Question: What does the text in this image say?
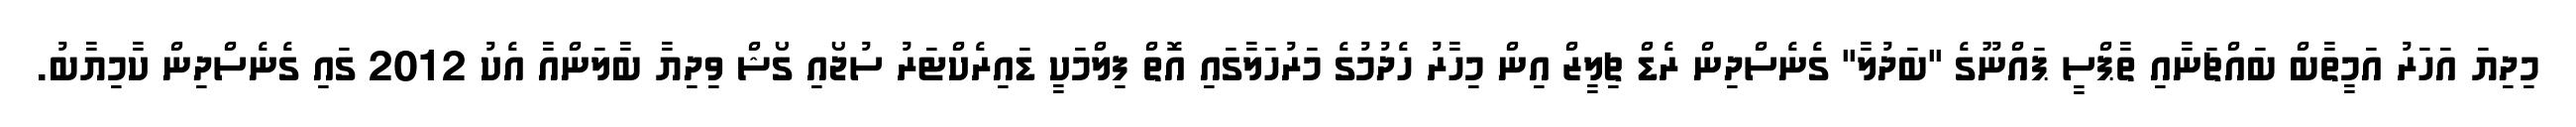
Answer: މިދިޔަ އަހަރު އަމީތާބް ބައްޗަނާއި ތާޕްސީ ޕައްނޫގެ "ބަދުލާ" ގެނެސްދިން ރެޑް ޗިލީޒް އިން މިހާރު ހެދުމުގެ މަރުހަލާގައި އޮތް ފިލްމަކީ ޑައިރެކްޓަރު ސުޖޯއި ގޯޝް ވިދިޔާ ބާލަންއާ އެކު 2012 ގައި ގެނެސްދިން ކާމިޔާބު.